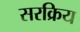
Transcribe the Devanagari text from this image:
सरक्रिय